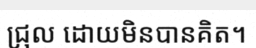
ជ្រុល ដោយមិនបានគិត។